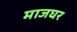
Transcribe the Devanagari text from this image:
माजघर